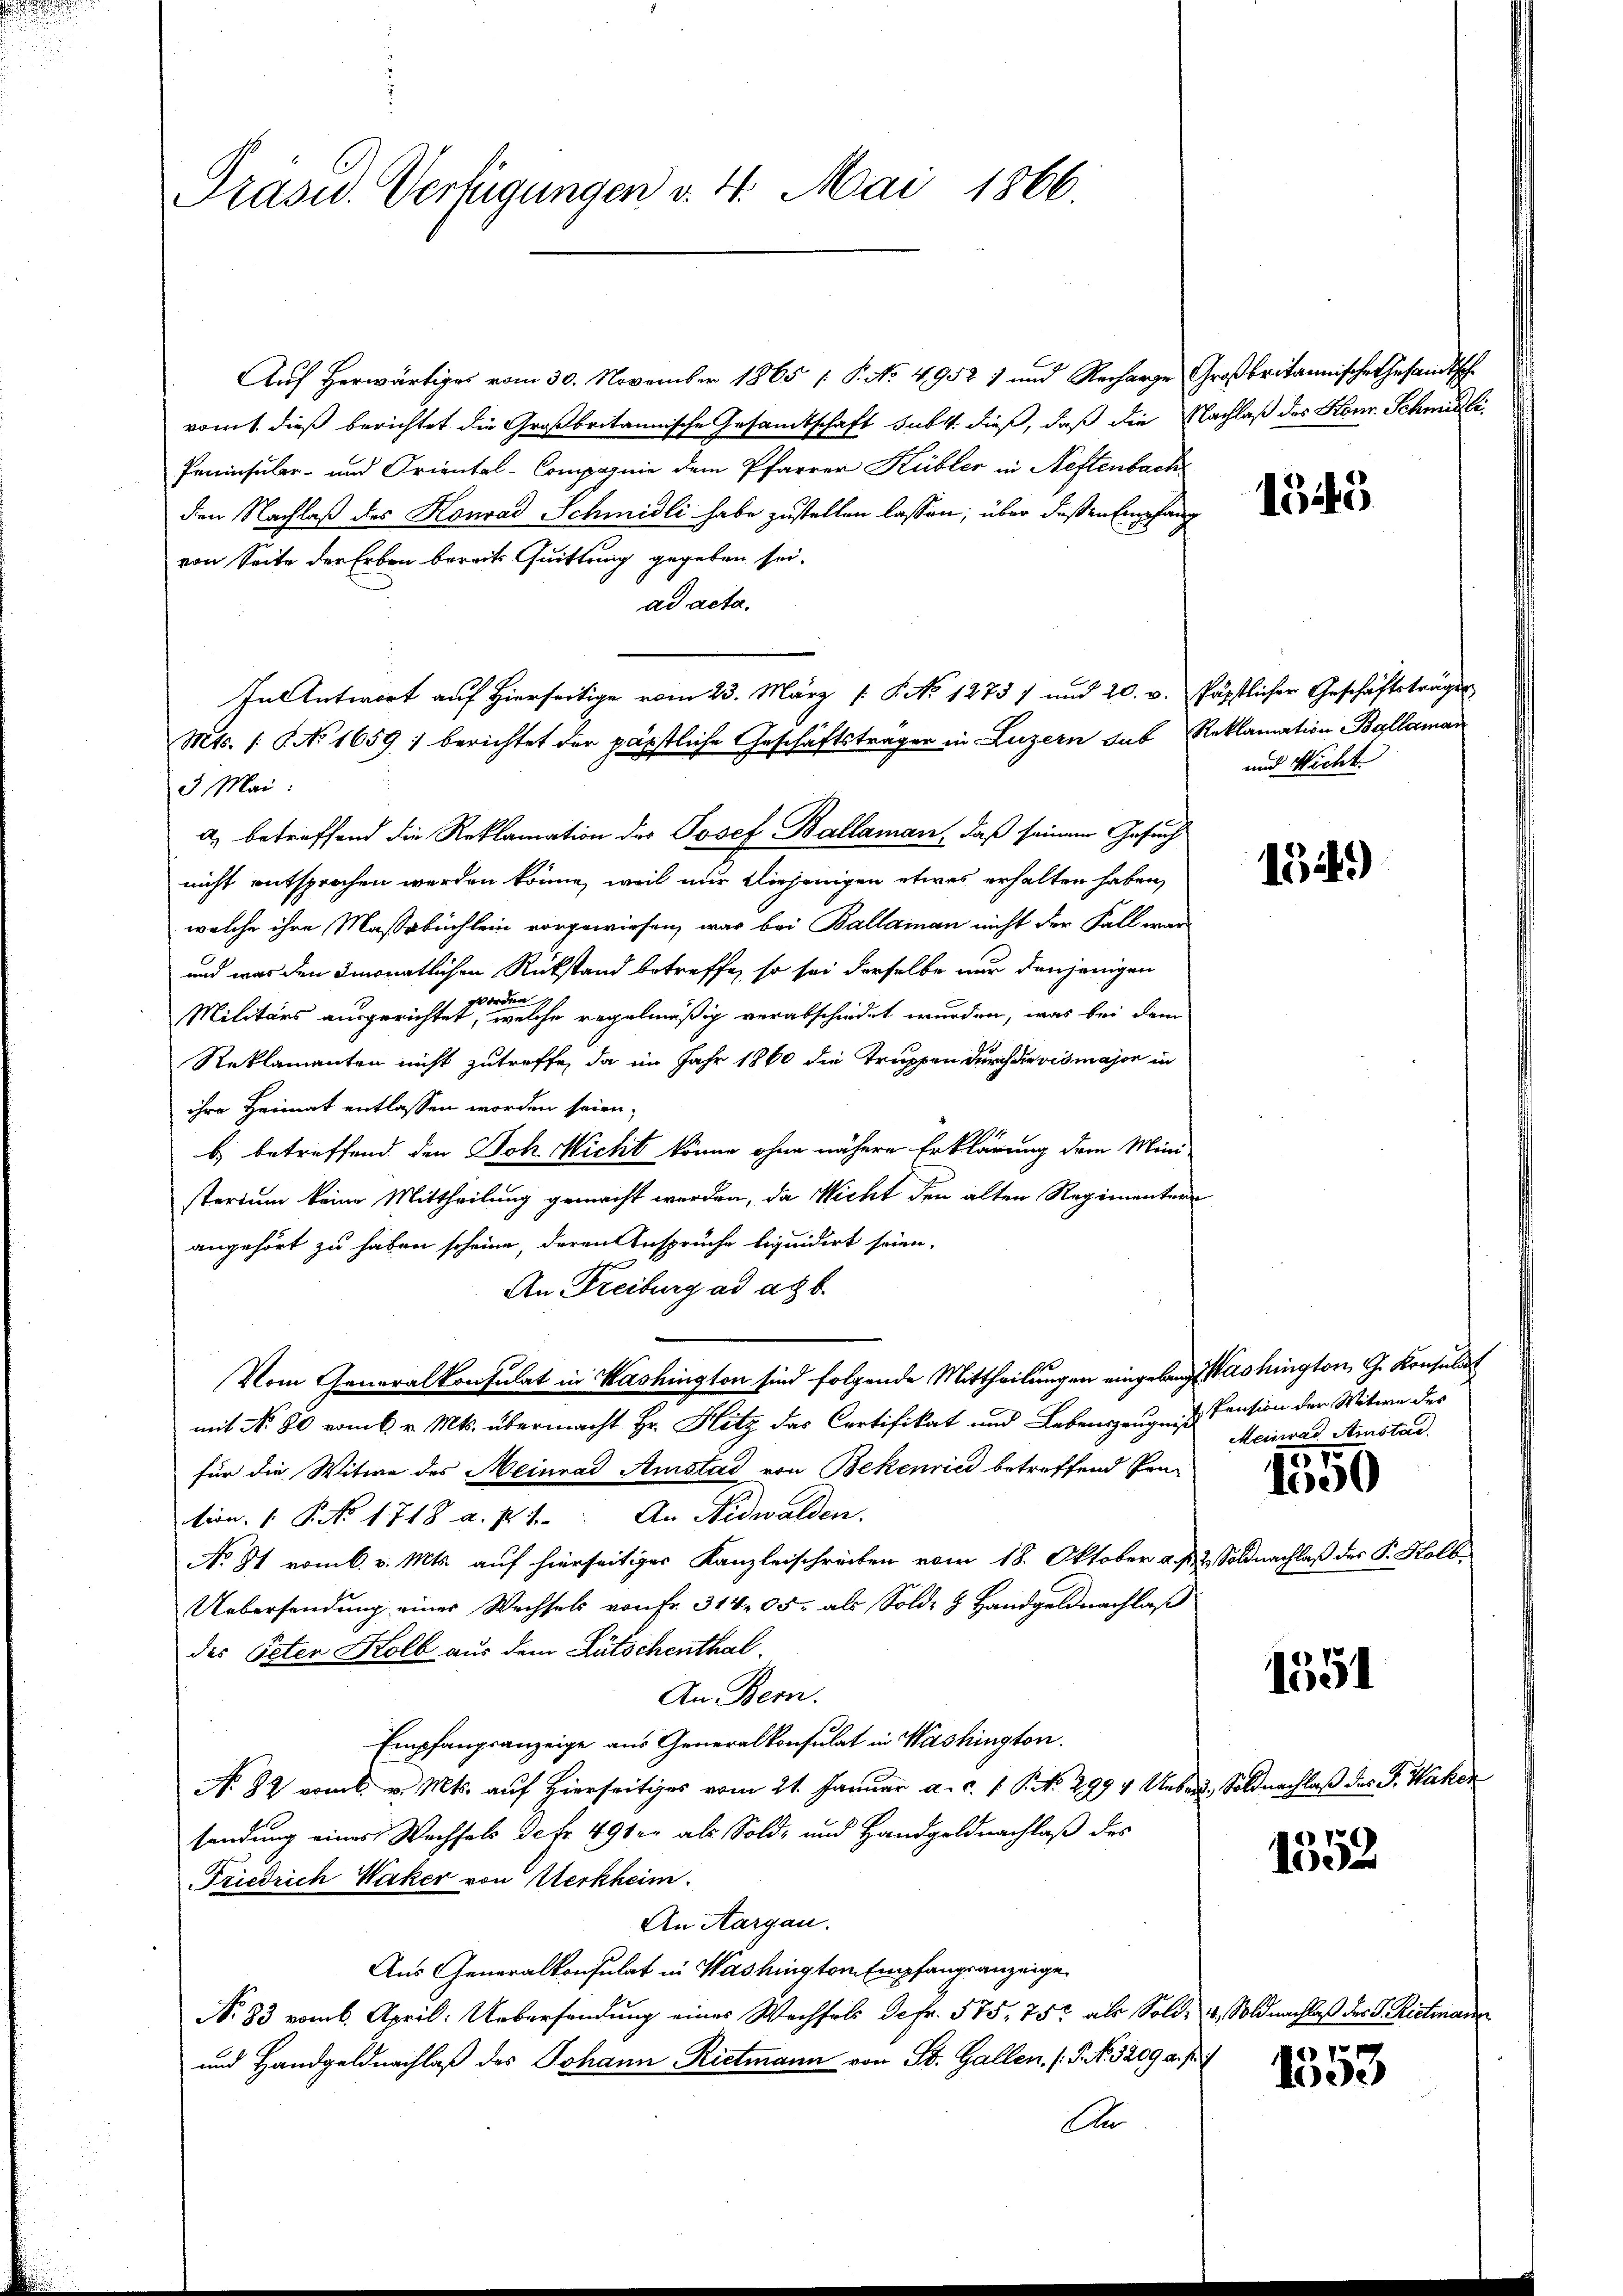
Prasid. Verfügungen v. 4. Mai 1866.

Auf herwärtiges vom 30. November 1865 /: P. No 4952) und Recharge Großbritannische Gesandtsche
romt dieß berichtet die Großbritannische Gesamtschaft subt dieß, daß die Nachlaß des Konr. Schmidli¬
Peninsular- und Oriental-Compagnie dem Pfarrer Kübler in Neftenbach
den Nachlaß des Konrad Schmidli habe zustellen lassen, über deßen Empfang
von Seite der Erben bereits Quittung gegeben sei.
ad acta.
3 Mai:
a) betreffend die Reklamation der Josef Ballaman, daß seinem Gesuch
nicht entsprochen werden könne, weil nur diejenigen etwas erhalten haben,
welche ihre Maßabuchlein vorgewiesen, was bei Ballaman nicht der Fall war
und was den Imonatlichen Rückstand betreffe, so sei derselbe nur denjenigen
worden,
Militärs ausgerichtet, welche regelmäßig verabschiedet wurden, was bei dem
Reklamanten nicht zutreffe, da im Jahr 1860 die Truppen durch die vismajor in
ihre Heimat entlassen worden seien,
b) betreffend den Joh. Micht könne ohne nähere Erklärung dem Mini-
sterium keine Mittheilung gemacht werden, da Wicht den alten Regimentern
angehört zu haben scheine, deren Anspruche liquidirt seien.
An Freiburg ad ad b.
Vom Generalkonsulat in Washington sind folgende Mittheilungen eingelangt Washington, G. Konsulat
mit No. 80 vom 6. v. Mts. übermacht Hr. Hitz das Cortifikat und Lebenszeugnis. Cension der Witwe des
für die Witwe des Meinrad Amstad von Bekenried betreffend Pro-
tion. 1. No 1718 a. p. 1. An Nidwalden.
No. 81 vom 6. v. Mts. auf hierseitiges Kanzleischreiben vom 18. Oktober a.h. & Soldnachlaß des P. Kolb.
Uebersendung eines Wechsels von Fr. 314,05, als Sold- & Handgeldnachlaß
des Peten Kolb aus dem Lütschenthal.
An Bern.
Empfangsanzeige aus Generalkonsulat in Washington.
No. 82 vom 6. v. Mts. auf hierseitiges vom 21. Januar a. c. 1 S. S. 2994 Ueber, Soldnachlaß des P. Wäher
sendung eines Wechsels de fr. 491 er als Sold- und Handgeldnachlaß des
Friedrich Waker von Werkheim.
An Aargau.
Aus Generalkonsulat in Washington Empfangsanzeige
No. 83 vom 6. April: Uebersendung eines Wechsels Defr. 575. 75 als Sold- & Soldnachlaß der G. Rietmann
und Handgeldnachlaß des Johann Rietmann von St. Gallen. (T. No. 3209 a. p.
A

In Antwort auf Hierseitige vom 23. März [§ No 1275 7 und 20. v. Päpstlicher Geschäftsträger
Mts. 1. No 1659) berichtet der päpstliche Geschäftsträger in Luzern sub Reklamation Ballaman

1545

und Nicht

154)

Meinrad Amstad
57

1500

1551

1352

1553